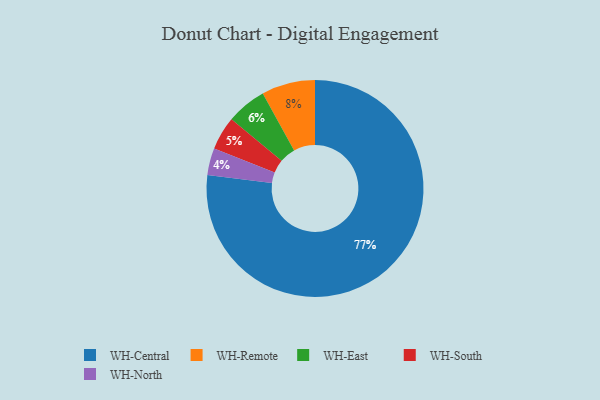
{"axis": {"x": "Category", "y": "Percentage"}, "legend": ["WH-Central", "WH-East", "WH-North", "WH-Remote", "WH-South"], "data": [{"x": "WH-Remote", "y": 8, "type": "WH-Remote"}, {"x": "WH-South", "y": 5, "type": "WH-South"}, {"x": "WH-North", "y": 4, "type": "WH-North"}, {"x": "WH-East", "y": 6, "type": "WH-East"}, {"x": "WH-Central", "y": 77, "type": "WH-Central"}]}